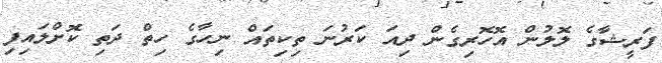
ފަރީޝާގެ ލޮލުން އޮހޮރިގެން ދިއަ ކަރުނަ ތިކިތައް ނިހާގެ ހިތް ދަތި ކޮށްލައިފި